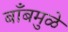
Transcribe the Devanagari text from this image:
बाँबमुळे